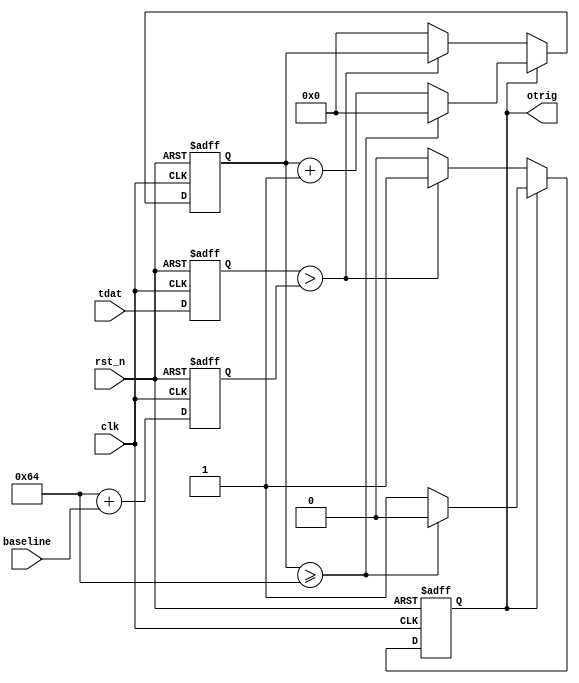
module IntTrig #(parameter THRES = 100, parameter TRGTIME = 100)  
(
  input         clk,
  input         rst_n,
  input  [13:0] baseline,
  input  [13:0] tdat,
  output        otrig
);
  
  reg        trg_src; 
  reg [15:0] waitcnt; 
  
  reg [13:0] dstore; 
  reg [13:0] athres;
  
  always @(negedge rst_n or posedge clk) 
  begin 
    if (~rst_n) begin 
	   trg_src <=  1'b0;
		waitcnt <= 16'h0000;
		dstore  <= 14'd0;
		athres  <= 14'd0;
	 end 
	 else begin 
	   dstore <= tdat; 
		athres <= THRES + baseline; 
		if (trg_src) begin
		  waitcnt <= waitcnt + 1'b1;
		  if (waitcnt >= TRGTIME) begin
		    waitcnt <= 16'h0000;
			 trg_src <= 1'b0;
		  end
		end 
		else if (dstore > athres) begin 
		  trg_src <= 1'b1;
		end
		else begin
		  waitcnt <= 16'h0000;
		end
	 end
  end
  
  assign otrig = trg_src; 
  

endmodule